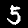
Label: 5